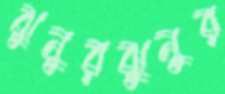
ঝুনুরঝুনুর